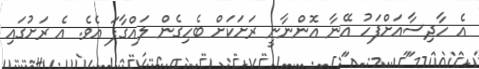
އެ ހާދިސާއަށްފަހު އޭނާ އޮންނާނީ ރަށަކަށް ބެހިގެން ލައްގާފަ އެވެ. އެ ރަށުގައި